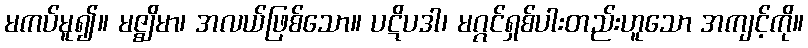
မကပ်မူ၍။ မဇ္ဈိမာ၊ အလယ်ဖြစ်သော။ ပဋိပဒါ၊ မဂ္ဂင်ရှစ်ပါးတည်းဟူသော အကျင့်ကို။